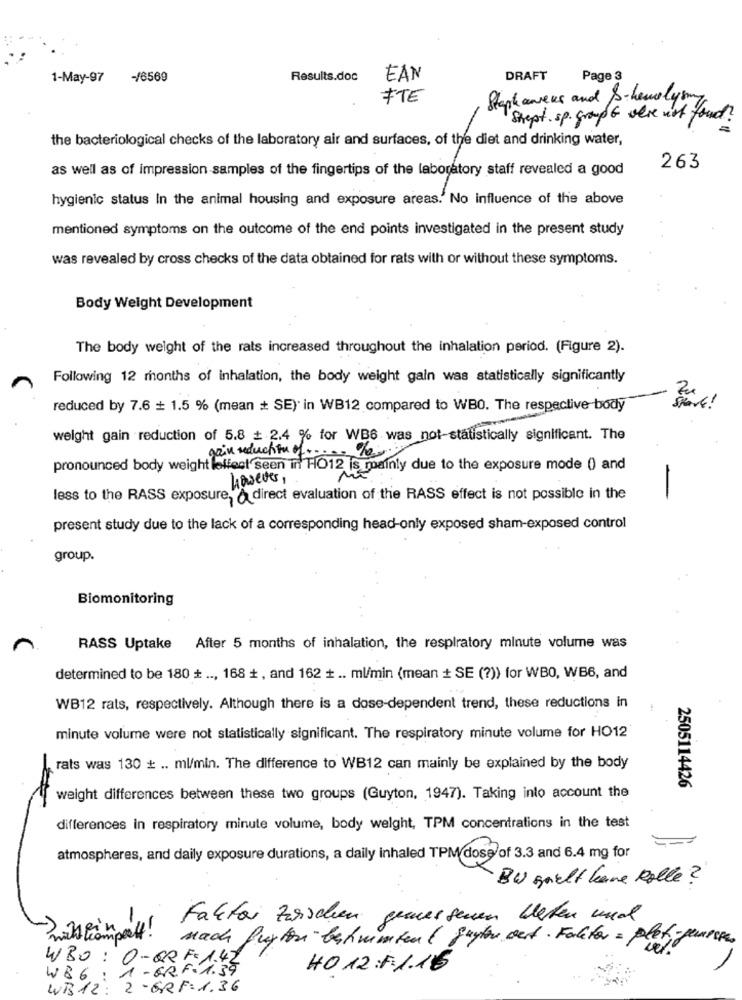
1-May-97
-/6569
Results.doc
EAN
DRAFT
Page 3
FTE
Steph aneus and Schemelysm
Strept. sp. groupG were not found?
the bacteriological checks of the laboratory air and surfaces, of the diet and drinking water,
as well as of impression samples of the fingertips of the laboratory staff revealed a good
263
hygienic status In the animal housing and exposure areas.' No influence of the above
mentioned symptoms on the outcome of the end points investigated in the present study
was revealed by cross checks of the data obtained for rats with or without these symptoms.
Body Weight Development
The body weight of the rats increased throughout the inhalation period. (Figure 2).
Following 12 months of inhalation, the body weight gain was statistically significantly
reduced by 7.6 + 1.5 % (mean # SE) in WB12 compared to WBO. The respective body
weight gain reduction of 5.8 + 2.4 % for WB6 was not-statistically significant. The
gain reduction of .....
pronounced body weight lolfest seen in HO12 is mainly due to the exposure mode () and
however,
ME
less to the RASS exposure, direct evaluation of the RASS effect is not possible in the
-
present study due to the lack of a corresponding head-only exposed sham-exposed control
group.
Biomonitoring
RASS Uptake After 5 months of inhalation, the respiratory minute volume was
determined to be 180 + .., 168 +, and 162 + .. ml/min (mean + SE (?)) for WBO, WB6, and
WB12 rats, respectively. Although there is a dose-dependent trend, these reductions in
minute volume were not statistically significant. The respiratory minute volume for HO12
250511
rats was 130 + .. ml/min. The difference to WB12 can mainly be explained by the body
weight differences between these two groups (Guyton, 1947). Taking into account the
differences in respiratory minute volume, body weight, TPM concentrations in the test
atmospheres, and daily exposure durations, a daily inhaled TPM dose of 3.3 and 6.4 mg for
BU grelt hane Rolle ?
-
Faktor Zuschen gemessenen beten und
nach furter betwisten( juster vet . Faktar = plet ,- jumpers.
WBO : O- GR F = 1.42
1 - GR F-
4012:1.1.15
W86 :
WB 12: 2-GR F=1.36